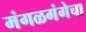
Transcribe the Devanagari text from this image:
मंगळगंगेचा